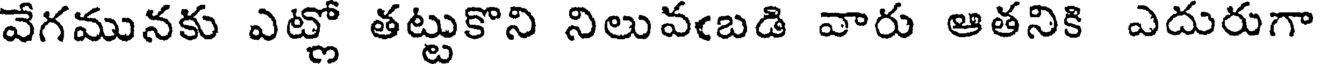
వేగమునకు ఎట్లో తట్టుకొని నిలువఁబడి వారు ఆతనికి ఎదురుగా